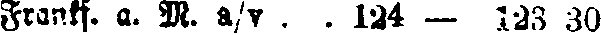
Frankf. a. M. a/v . . 124 — 123 30